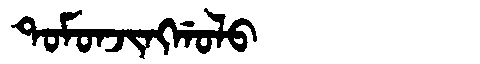
Manchu: ᡨᠣᠮᠣᠨᠵᡳᠩᡤᠣᠯᠣ
Romanization: TOMONJINGGOLO